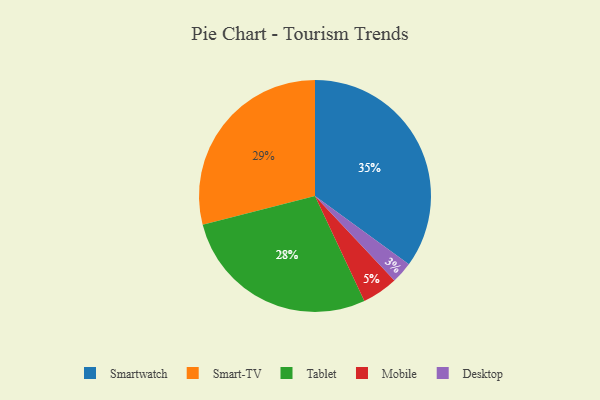
{"axis": {"x": "Category", "y": "Percentage"}, "legend": ["Desktop", "Mobile", "Smart-TV", "Smartwatch", "Tablet"], "data": [{"x": "Mobile", "y": 5, "type": "Mobile"}, {"x": "Smartwatch", "y": 35, "type": "Smartwatch"}, {"x": "Desktop", "y": 3, "type": "Desktop"}, {"x": "Smart-TV", "y": 29, "type": "Smart-TV"}, {"x": "Tablet", "y": 28, "type": "Tablet"}]}